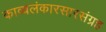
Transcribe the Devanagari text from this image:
काव्यलंकारसारसंग्रह